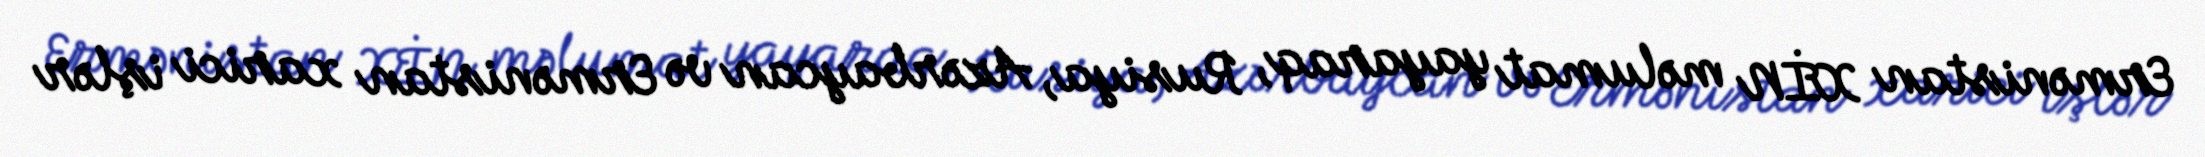
Ermənistan XİN məlumat yayaraq, Rusiya, Azərbaycan və Ermənistan xarici işlər